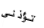
تؤذني